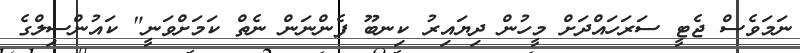
ނަމަވެސް ޖެޓީ ސަރަހައްދަށް މީހުން ދިޔައިރު ކިނބޫ ފެންނަން ނެތް ކަމަށްވަނީ" ކައުންސިލްގެ